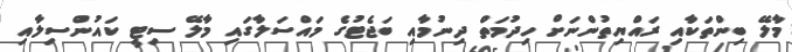
މާލޭ ބިންތަކާއި ރައްޔިތުންނަށް ހިދުމަތް ދިނުމާއި ބަޖެޓުގެ މައްސަލާގައި މާލޭ ސިޓީ ކައުންސިލާއި